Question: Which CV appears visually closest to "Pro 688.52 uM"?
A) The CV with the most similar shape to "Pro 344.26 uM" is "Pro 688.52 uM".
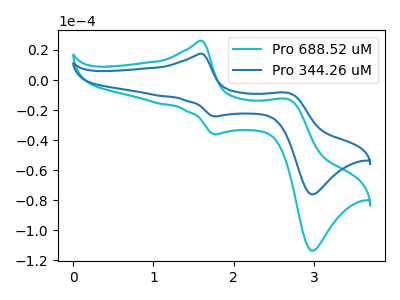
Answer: <think>The cyan curve "Pro 688.52 uM" has anodic peaks at (1.60V, 26.05uA) (2.70V, -12.90uA) and cathodic peaks at (1.75V, -36.10uA) (3.00V, -113.60uA). The blue curve "Pro 344.26 uM" has anodic peaks at (1.60V, 17.45uA) (2.70V, -8.65uA) and cathodic peaks at (1.75V, -24.20uA) (3.00V, -76.10uA).
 All the peaks in "Pro 688.52 uM" have a peak in "Pro 344.26 uM" at the same potential.</think>
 <answer>A) The CV with the most similar shape to "Pro 344.26 uM" is "Pro 688.52 uM".</answer>
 <eval>A</eval>